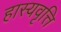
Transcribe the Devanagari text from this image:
हास्यवृत्ति